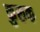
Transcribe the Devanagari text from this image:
कुरुक